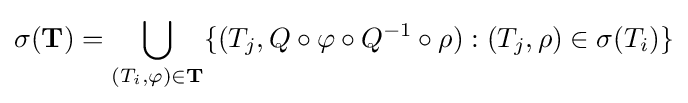
\sigma (\mathbf {T} )=\bigcup _{(T_{i},\varphi )\in \mathbf {T} }\{(T_{j},Q\circ \varphi \circ Q^{-1}\circ \rho ):(T_{j},\rho )\in \sigma (T_{i})\}